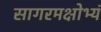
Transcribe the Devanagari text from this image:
सागरमक्षोभ्यं